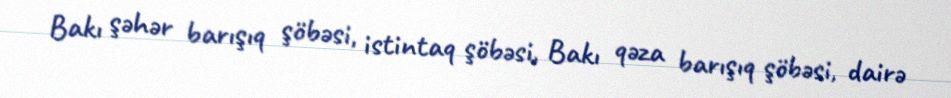
Bakı şəhər barışıq şöbəsi, istintaq şöbəsi, Bakı qəza barışıq şöbəsi, dairə